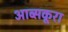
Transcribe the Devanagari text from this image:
आब्सकूरा